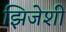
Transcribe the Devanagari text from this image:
झिजेशी